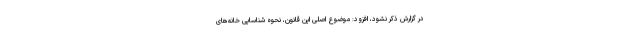
در گزارش ذکر نشود، افزود: موضوع اصلی این قانون، نحوه شناسایی خانه‌های